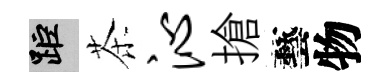
距茶沁搶藝物